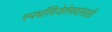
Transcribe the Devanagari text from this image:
स्पर्धाविजेतेपदासाठी